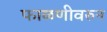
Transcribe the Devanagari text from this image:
फाळणीवरुन